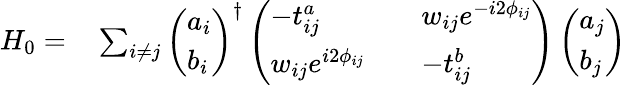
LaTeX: \begin{array}{rl}{H_{0}=}&{{}\sum_{i\neq j}\left(\begin{array}{l}{a_{i}}\\ {b_{i}}\end{array}\right)^{\dagger}\left(\begin{array}{lll}{-t_{ij}^{a}}&{}&{w_{ij}e^{-i2\phi_{ij}}}\\ {w_{ij}e^{i2\phi_{ij}}}&{}&{-t_{ij}^{b}}\end{array}\right)\left(\begin{array}{l}{a_{j}}\\ {b_{j}}\end{array}\right)}\end{array}